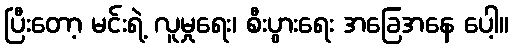
ပြီးတော့ မင်းရဲ့ လူမှုရေး၊ စီးပွားရေး အခြေအနေ ပေါ့။